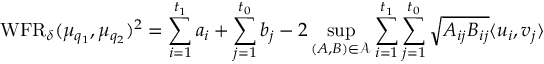
\operatorname { W F R } _ { \delta } ( \mu _ { q _ { 1 } } , \mu _ { q _ { 2 } } ) ^ { 2 } = \sum _ { i = 1 } ^ { t _ { 1 } } a _ { i } + \sum _ { j = 1 } ^ { t _ { 0 } } b _ { j } - 2 \operatorname* { s u p } _ { ( A , B ) \in \mathcal { A } } \sum _ { i = 1 } ^ { t _ { 1 } } \sum _ { j = 1 } ^ { t _ { 0 } } \sqrt { A _ { i j } B _ { i j } } \langle u _ { i } , v _ { j } \rangle